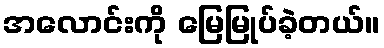
အလောင်းကို မြေမြုပ်ခဲ့တယ်။